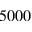
5 0 0 0